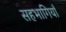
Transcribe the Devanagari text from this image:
सहभागियाँ